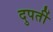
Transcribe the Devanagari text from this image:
दुपर्ती